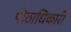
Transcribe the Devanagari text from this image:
पीठाधिकारी